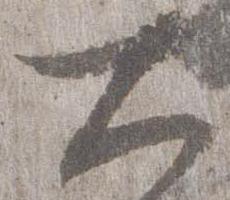
大